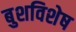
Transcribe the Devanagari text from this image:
बुशविशेष